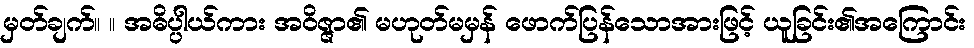
မှတ်ချက်။ ။ အဓိပ္ပါယ်ကား အဝိဇ္ဇာ၏ မဟုတ်မမှန် ဖောက်ပြန်သောအားဖြင့် ယူခြင်း၏အကြောင်း